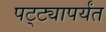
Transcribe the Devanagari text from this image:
पट्‍ट्यापर्यंत